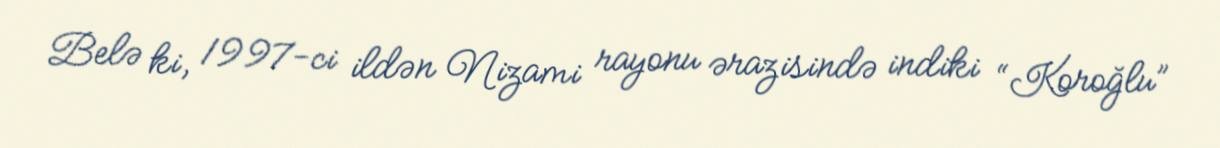
Belə ki, 1997-ci ildən Nizami rayonu ərazisində indiki “Koroğlu”